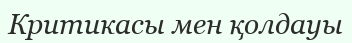
Критикасы мен қолдауы